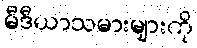
မီဒီယာသမားများကို